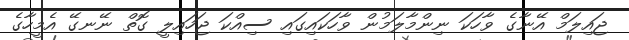
ޖައިލަމް އޭނާގެ ވާހަކަ ނިންމާލަމުން ވާހަކައިގައި ސިއްކަ ޖަހައިލީ ގޮތް ނޭނގޭ އެމީހާގެ